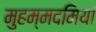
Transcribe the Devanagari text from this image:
मुहम्मदमियां